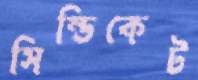
সিন্ডিকেট